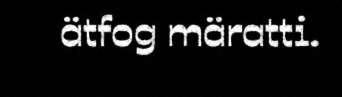
ätfog märatti.